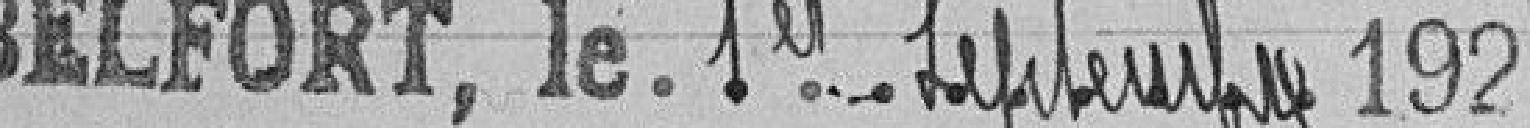
Belfort, le 1er Septembre 1925